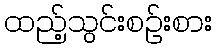
ထည့်သွင်းစဉ်းစား